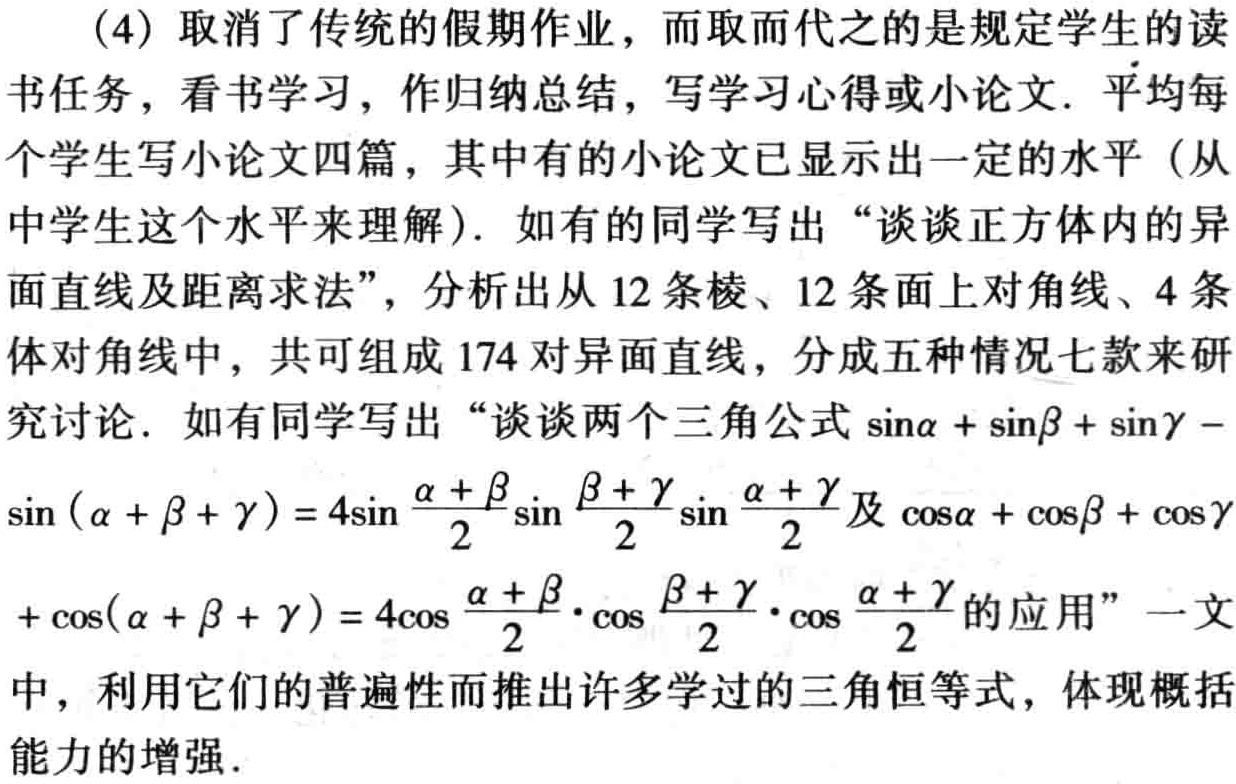
(4) 取消了传统的假期作业，而取而代之的是规定学生的读书任务，看书学习，作归纳总结，写学习心得或小论文. 平均每个学生写小论文四篇，其中有的小论文已显示出一定的水平（从中学生这个水平来理解）. 如有的同学写出 “谈谈正方体内的异面直线及距离求法”，分析出从 12 条棱、12 条面上对角线、4 条体对角线中，共可组成 174 对异面直线，分成五种情况七款来研究讨论. 如有同学写出 “谈谈两个三角公式\(\sin\alpha + \sin\beta + \sin\gamma - \sin(\alpha + \beta + \gamma)=4\sin\frac{\alpha + \beta}{2}\sin\frac{\beta + \gamma}{2}\sin\frac{\alpha + \gamma}{2}\)及\(\cos\alpha + \cos\beta + \cos\gamma+\cos(\alpha + \beta + \gamma)=4\cos\frac{\alpha + \beta}{2}\cdot\cos\frac{\beta + \gamma}{2}\cdot\cos\frac{\alpha + \gamma}{2}\)的应用” 一文中，利用它们的普遍性而推出许多学过的三角恒等式，体现概括能力的增强.